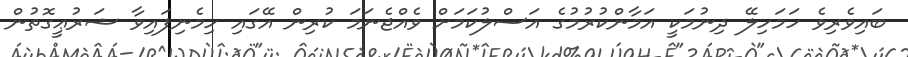
ބައިވެރިވެ ހަމަހިލޭ ދިނުމަކީ އަމާންކުރުމުގެ އަސްލުކަމަށް ވެއްޖެނަމަ ކުރިން އޭގައި ހިމެނިފައިވާ ޝަރުޢީގޮތުން